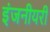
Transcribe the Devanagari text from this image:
इंजनीयरी